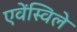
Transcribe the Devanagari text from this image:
एवेंस्विले